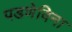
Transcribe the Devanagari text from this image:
पडणेविना